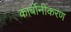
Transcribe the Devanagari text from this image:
कार्बोनीकरण